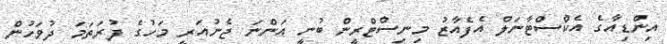
އިންޑިއާގެ އެކްސްޓާނަލް އެފެއާޒު މިނިސްޓްރީން ބުނީ އަންނަ ޖެނުއަރީ މަހުގެ ފުރަތަމަ ދުވަހުން